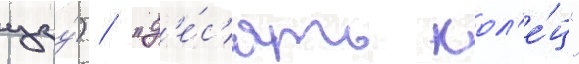
цзу́) / "д'е́с'ять кол'е́ц"